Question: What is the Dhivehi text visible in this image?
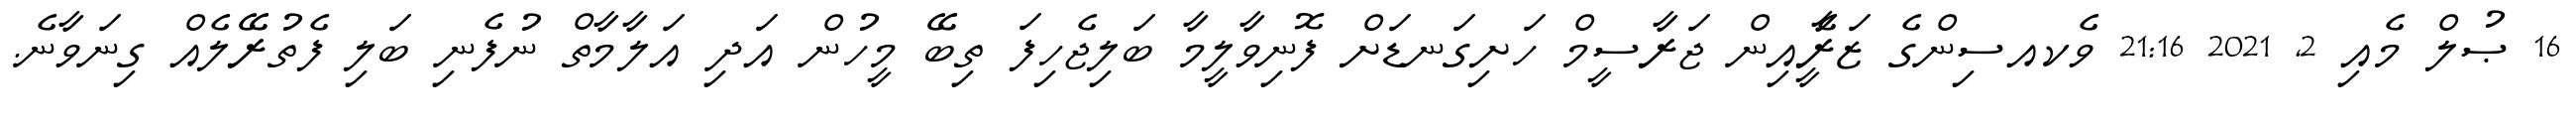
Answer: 16 ޞުލް މެއި 2, 2021 21:16 ވެކއސިންގެ ޒަރީެާއިން ޖަރާސީމް ހަށިގަނޑަށް ފޮނިވާލީމާ ބަލިޖެހިފަ ތިބޭ މީހުން އަދި އަލާމާތް ނުފެނި ބަލި ފެތުރޭލެއް ގިނަވާނެ.